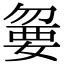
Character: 𡠍